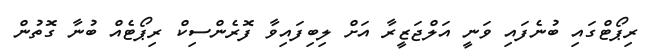
ރިޕޯޓްގައި ބުނެފައި ވަނީ އަލްޖަޒީރާ އަށް ލިބިފައިވާ ފޮރެންސިކް ރިޕޯޓެއް ބުނާ ގޮތުން